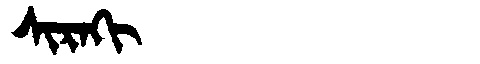
Manchu: ᠰᡳᡵᠠᡴᡳ
Romanization: SIRAKI